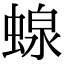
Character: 𧍭